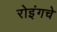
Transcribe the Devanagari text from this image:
रोइंगचे